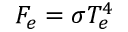
F _ { e } = \sigma T _ { e } ^ { 4 }